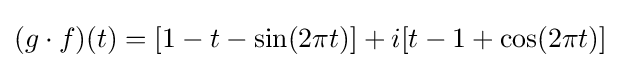
(g\cdot f)(t)=[1-t-\sin(2\pi t)]+i[t-1+\cos(2\pi t)]